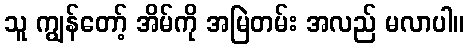
သူ ကျွန်တော့် အိမ်ကို အမြဲတမ်း အလည် မလာပါ။